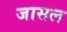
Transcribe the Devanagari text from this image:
जासल